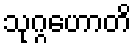
သုဂ္ဂဟောတိ